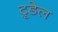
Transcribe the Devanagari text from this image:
ट्रूडेल